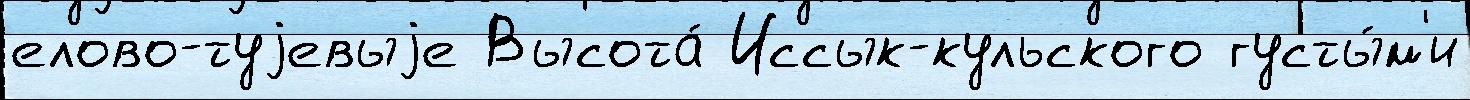
елово-туjевыjе Высота́ Иссык-кульского густы́м'и